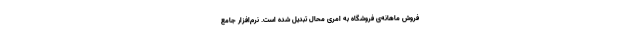
فروش ماهانه‌ی فروشگاه به امری محال تبدیل شده است. نرم‌افزار جامع